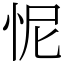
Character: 怩